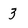
Character: 3